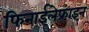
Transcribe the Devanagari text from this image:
फिनाईलेफ्राइन